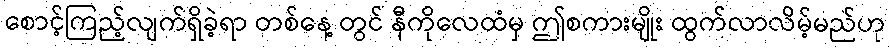
စောင့်ကြည့်လျက်ရှိခဲ့ရာ တစ်နေ့ တွင် နီကိုလေထံမှ ဤစကားမျိုး ထွက်လာလိမ့်မည်ဟု